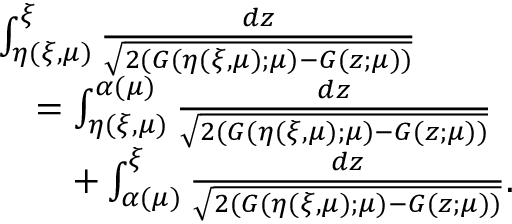
\begin{array} { r l } & { \int _ { \eta ( \xi , \mu ) } ^ { \xi } \frac { d z } { \sqrt { 2 ( G ( \eta ( \xi , \mu ) ; \mu ) - G ( z ; \mu ) ) } } } \\ & { \quad = \int _ { \eta ( \xi , \mu ) } ^ { \alpha ( \mu ) } \frac { d z } { \sqrt { 2 ( G ( { \eta ( \xi , \mu ) } ; \mu ) - G ( z ; \mu ) ) } } } \\ & { \qquad + \int _ { \alpha ( \mu ) } ^ { \xi } \frac { d z } { \sqrt { 2 ( G ( { \eta ( \xi , \mu ) } ; \mu ) - G ( z ; \mu ) ) } } . } \end{array}